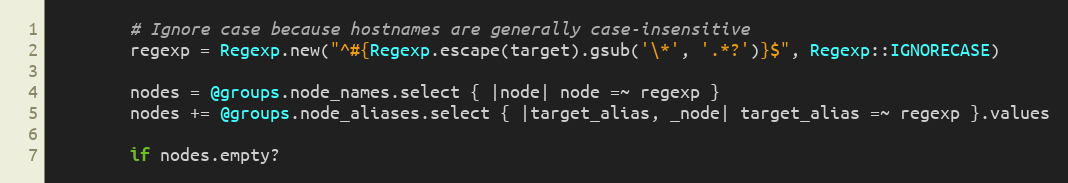
Language: Ruby
        # Ignore case because hostnames are generally case-insensitive
        regexp = Regexp.new("^#{Regexp.escape(target).gsub('\*', '.*?')}$", Regexp::IGNORECASE)

        nodes = @groups.node_names.select { |node| node =~ regexp }
        nodes += @groups.node_aliases.select { |target_alias, _node| target_alias =~ regexp }.values

        if nodes.empty?